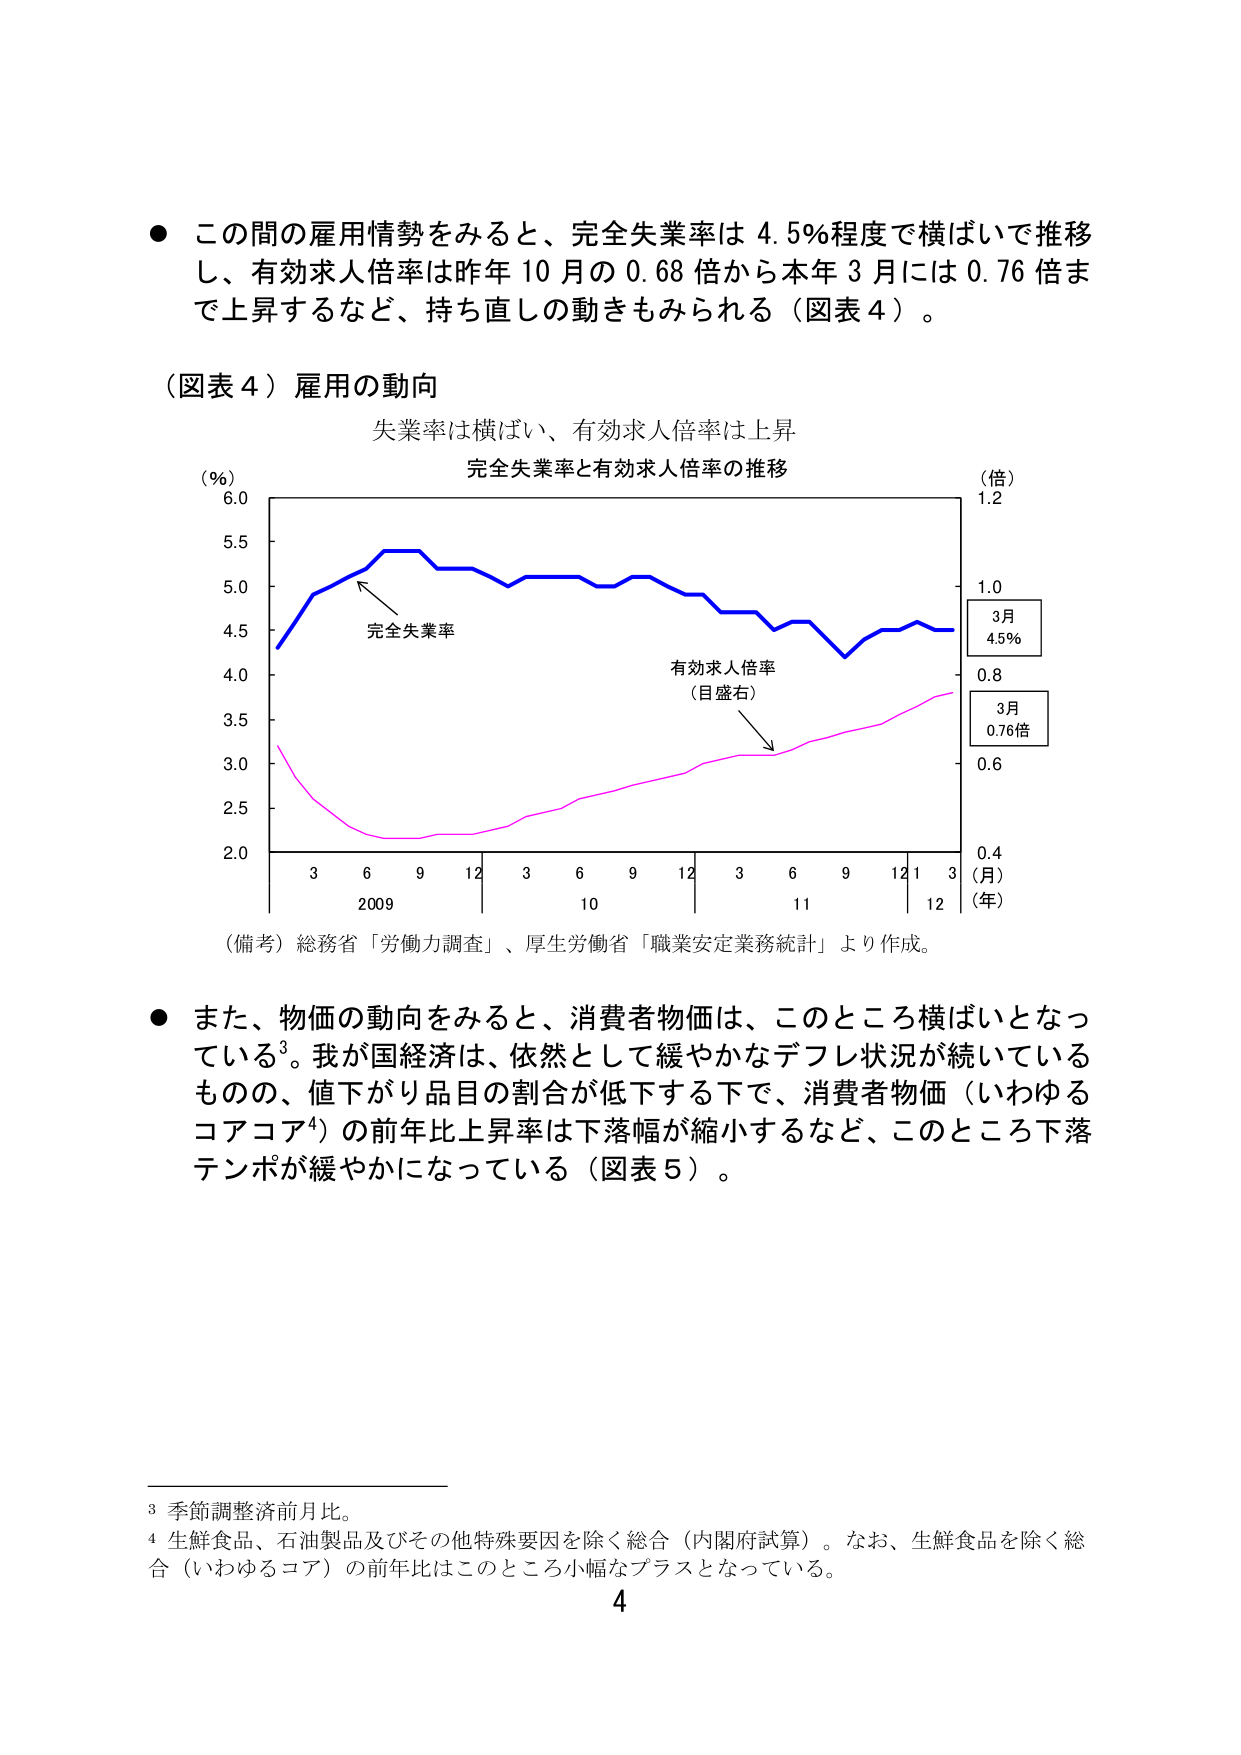
● この間の雇用情勢をみると、完全失業率は 4.5％程度で横ばいで推移し、有効求人倍率は昨年 10 月の 0.68 倍から本年 3 月には 0.76 倍まで上昇するなど、持ち直しの動きもみられる（図表 4）。

（図表 4）雇用の動向
失業率は横ばい、有効求人倍率は上昇
完全失業率と有効求人倍率の推移

（％）
6.0
5.5
5.0
4.5
4.0
3.5
3.0
2.5
2.0

3 6 9 12 3 6 9 12 3 6 9 12 1 3
2009 10 11 12
（月）
（年）

完全失業率
有効求人倍率
（目盛右）

（倍）
1.2
1.0
0.8
0.6
0.4

3月
4.5％

3月
0.76倍

（備考）総務省「労働力調査」、厚生労働省「職業安定業務統計」より作成。

● また、物価の動向をみると、消費者物価は、このところ横ばいとなっている³。我が国経済は、依然として緩やかなデフレ状況が続いているものの、値下がり品目の割合が低下する下で、消費者物価（いわゆるコアコア⁴）の前年比上昇率は下落幅が縮小するなど、このところ下落テンポが緩やかになっている（図表 5）。

³ 季節調整済前月比。
⁴ 生鮮食品、石油製品及びその他特殊要因を除く総合（内閣府試算）。なお、生鮮食品を除く総合（いわゆるコア）の前年比はこのところ小幅なプラスとなっている。

4